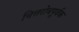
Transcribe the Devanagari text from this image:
चित्तरोधपूर्वक